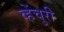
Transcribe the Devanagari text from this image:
व्हेंचुरी